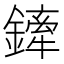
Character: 鏲